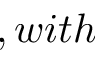
, w i t h